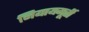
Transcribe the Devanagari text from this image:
नियायमूर्ती